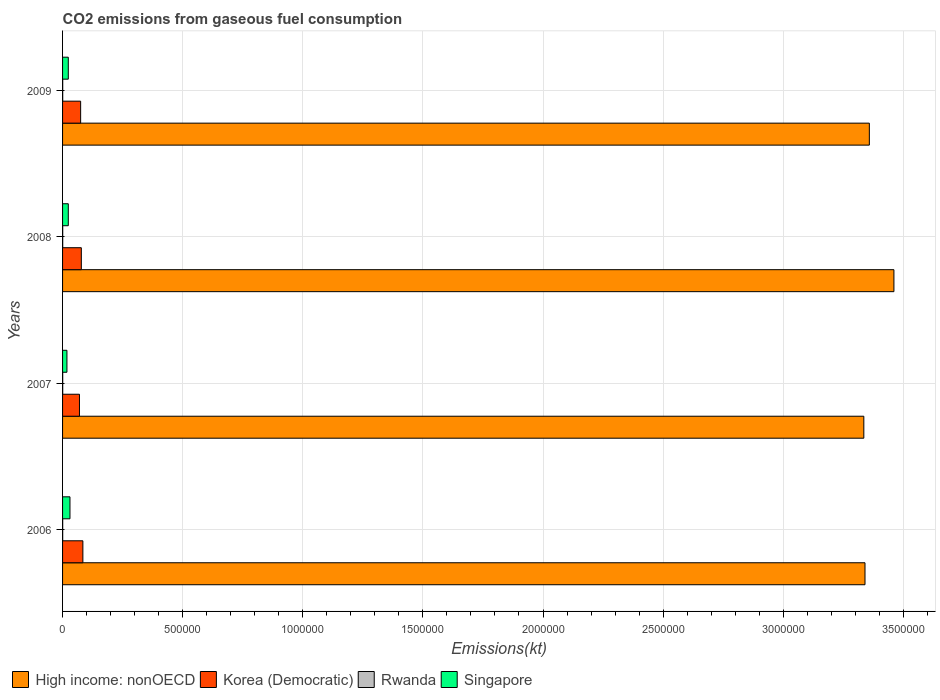
| Years | High income: nonOECD | Korea (Democratic) | Rwanda | Singapore |
 | --- | --- | --- | --- | --- |
 | 2006 | 3.34e+06 | 8.46e+04 | 528 | 3.08e+04 |
 | 2007 | 3.34e+06 | 7.04e+04 | 557 | 1.82e+04 |
 | 2008 | 3.46e+06 | 7.81e+04 | 543 | 2.38e+04 |
 | 2009 | 3.36e+06 | 7.52e+04 | 576 | 2.38e+04 |